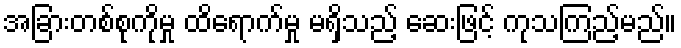
အခြားတစ်စုကိုမှု ထိရောက်မှု မရှိသည့် ဆေးဖြင့် ကုသကြည့်မည်။